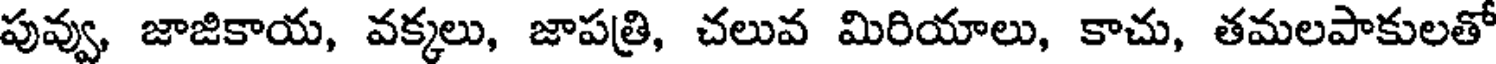
పువ్వు, జాజికాయ, వక్కలు, జాపత్రి, చలువ మిరియాలు, కాచు, తమలపాకులతో